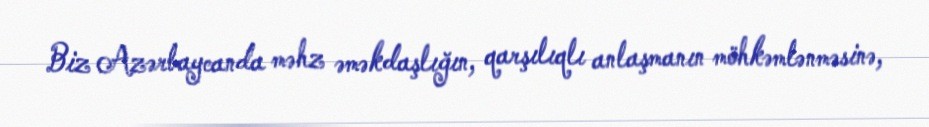
Biz Azərbaycanda məhz əməkdaşlığın, qarşılıqlı anlaşmanın möhkəmlənməsinə,